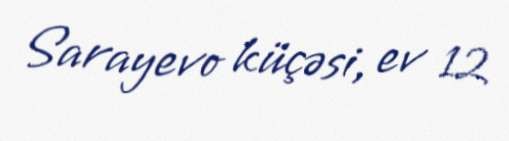
Sarayevo küçəsi, ev 12